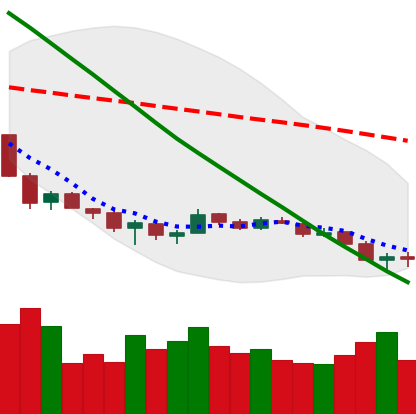
Ticker: ETH-USD
Chart end date: 2018-12-08
Forward return: -6.098%
Label: down_5_7